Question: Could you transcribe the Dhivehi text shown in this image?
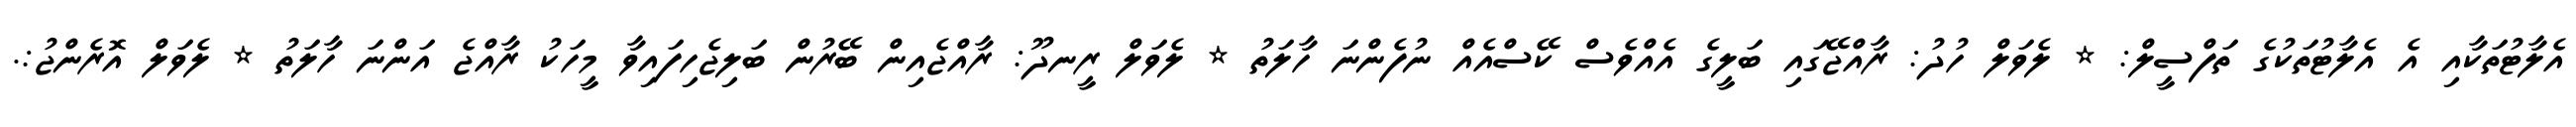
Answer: އެލާޓުތަކާއި އެ އެލާޓުތަކުގެ ތަފްސީލް: * ލެވަލް ހުދު: ރާއްޖޭގައި ބަލީގެ އެއްވެސް ކޭސްއެއް ނުފެންނަ ހާލަތު * ލެވަލް ރީނދޫ: ރާއްޖެއިން ބޭރުން ބަލިޖެހިފައިވާ މީހަކު ރާއްޖެ އަންނަ ހާލަތު * ލެވަލް އޮރެންޖު:.